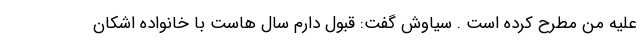
علیه من مطرح کرده است . سیاوش گفت: قبول دارم سال هاست با خانواده اشکان